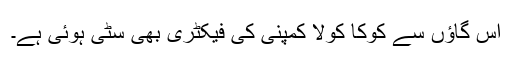
اس گاؤں سے کوکا کولا کمپنی کی فیکٹری بھی سٹی ہوئی ہے۔